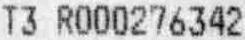
T3 R000276342